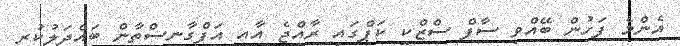
އެންމެ ފަހުން ބޭއްވި ސާފް ސްޒްކީ ކަޕްގައި ރާއްޖެ އާއި އަފްގާނިސްތާން ބައްދަލުކުރި